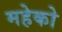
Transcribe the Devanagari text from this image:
महेको